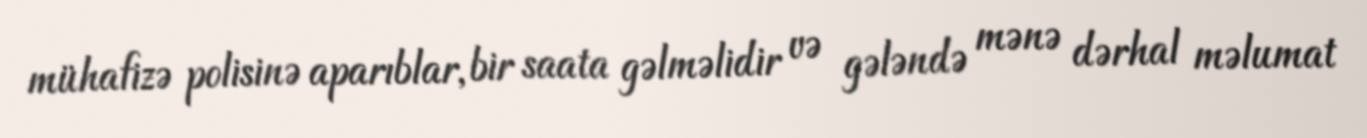
mühafizə polisinə aparıblar, bir saata gəlməlidir və gələndə mənə dərhal məlumat